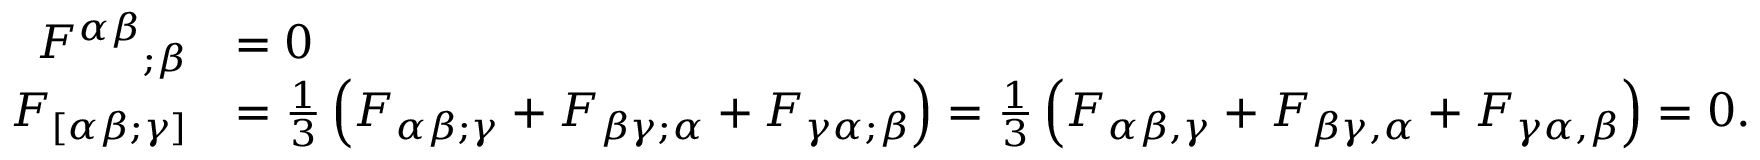
{ \begin{array} { r l } { { F ^ { \alpha \beta } } _ { ; \beta } } & { = 0 } \\ { F _ { [ \alpha \beta ; \gamma ] } } & { = { \frac { 1 } { 3 } } \left( F _ { \alpha \beta ; \gamma } + F _ { \beta \gamma ; \alpha } + F _ { \gamma \alpha ; \beta } \right) = { \frac { 1 } { 3 } } \left( F _ { \alpha \beta , \gamma } + F _ { \beta \gamma , \alpha } + F _ { \gamma \alpha , \beta } \right) = 0 . } \end{array} }